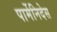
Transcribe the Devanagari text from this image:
पार्मेनिदेस